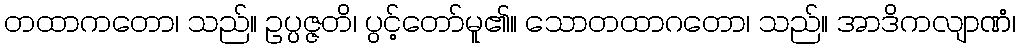
တထာကတော၊ သည်။ ဥပ္ပဇ္ဇတိ၊ ပွင့်တော်မူ၏။ သောတထာဂတော၊ သည်။ အာဒိကလျာဏံ၊